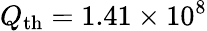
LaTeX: Q_{\mathrm{th}}=1.41\times 10^{8}